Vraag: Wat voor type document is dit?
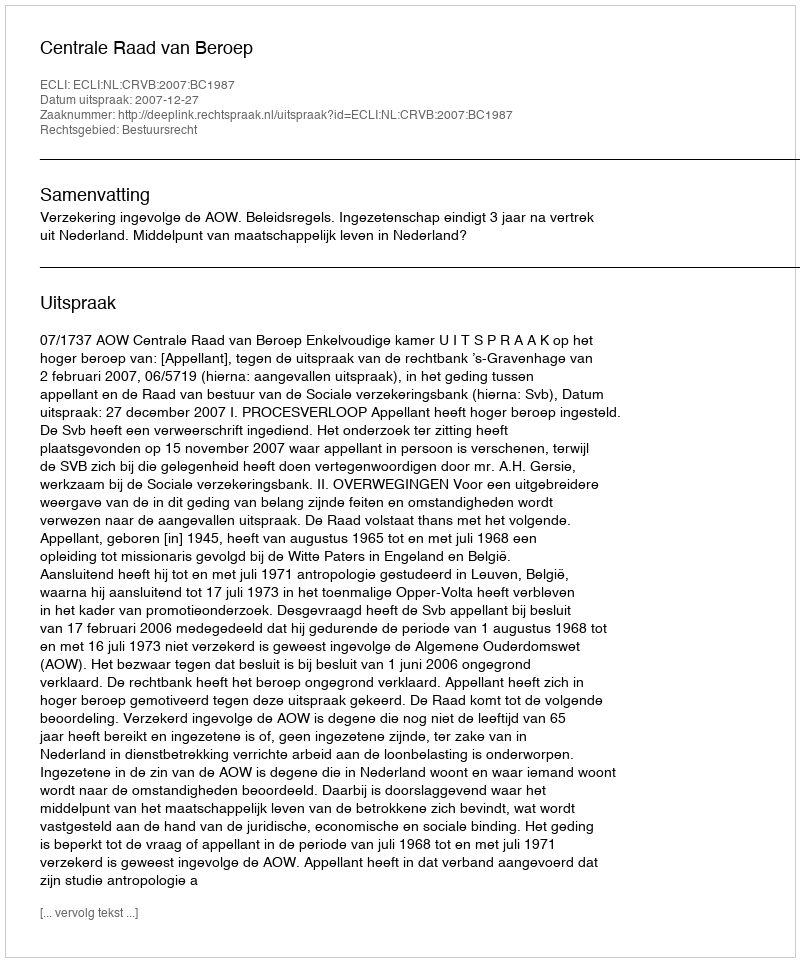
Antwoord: Uitspraak